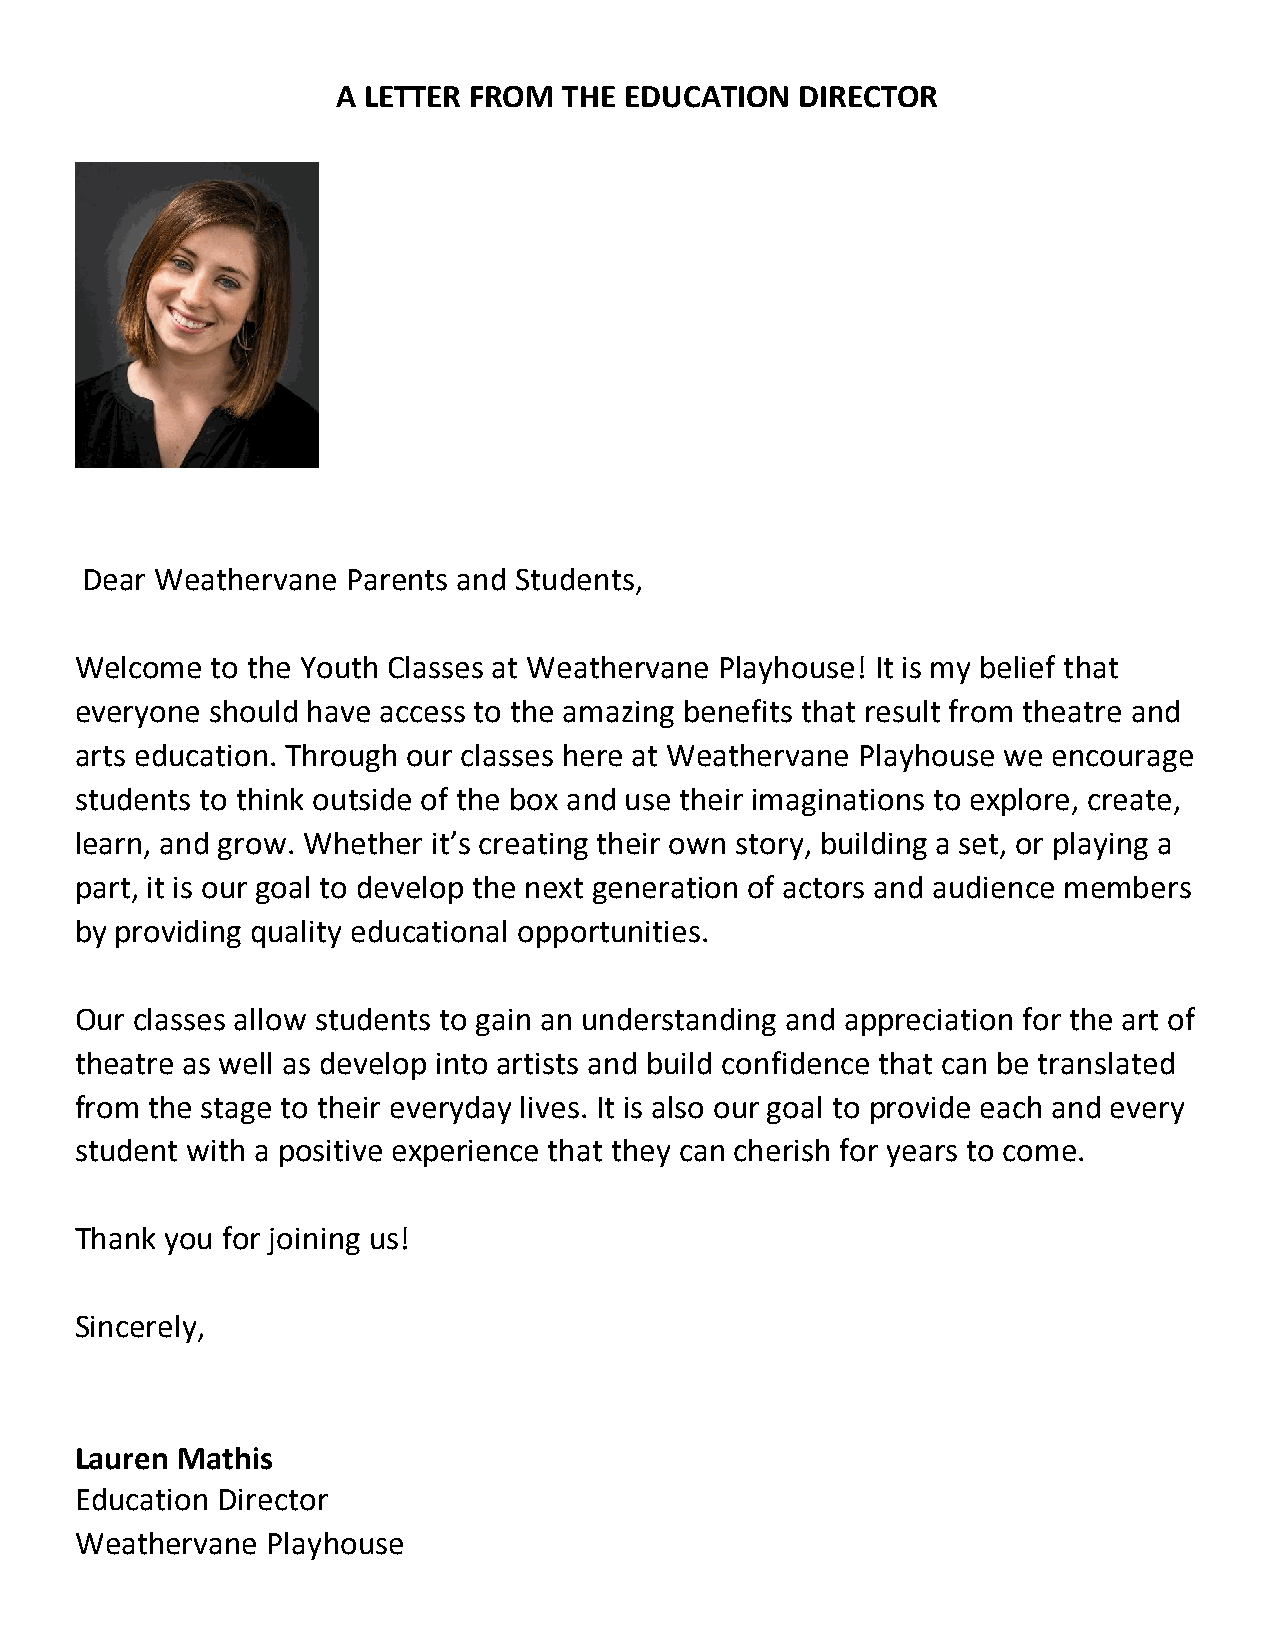
A LETTER FROM  THE EDUCATION   DIRECTOR
 Dear Weathervane  Parents and Students,
 Welcome  to the Youth Classes at Weathervane Playhouse! It is my belief that
 everyone should have access to the amazing benefits that result from theatre and
 arts education. Through our classes here at Weathervane Playhouse we encourage
 students to think outside of the box and use their imaginations to explore, create,
 learn, and grow. Whether it’s creating their own story, building a set, or playing a
 part, it is our goal to develop the next generation of actors and audience members
 by providing quality educational opportunities.
 Our classes allow students to gain an understanding and appreciation for the art of
 theatre as well as develop into artists and build confidence that can be translated
 from the stage to their everyday lives. It is also our goal to provide each and every
 student with a positive experience that they can cherish for years to come.
 Thank you for joining us!
 Sincerely,
 Lauren Mathis
 Education Director
 Weathervane  Playhouse